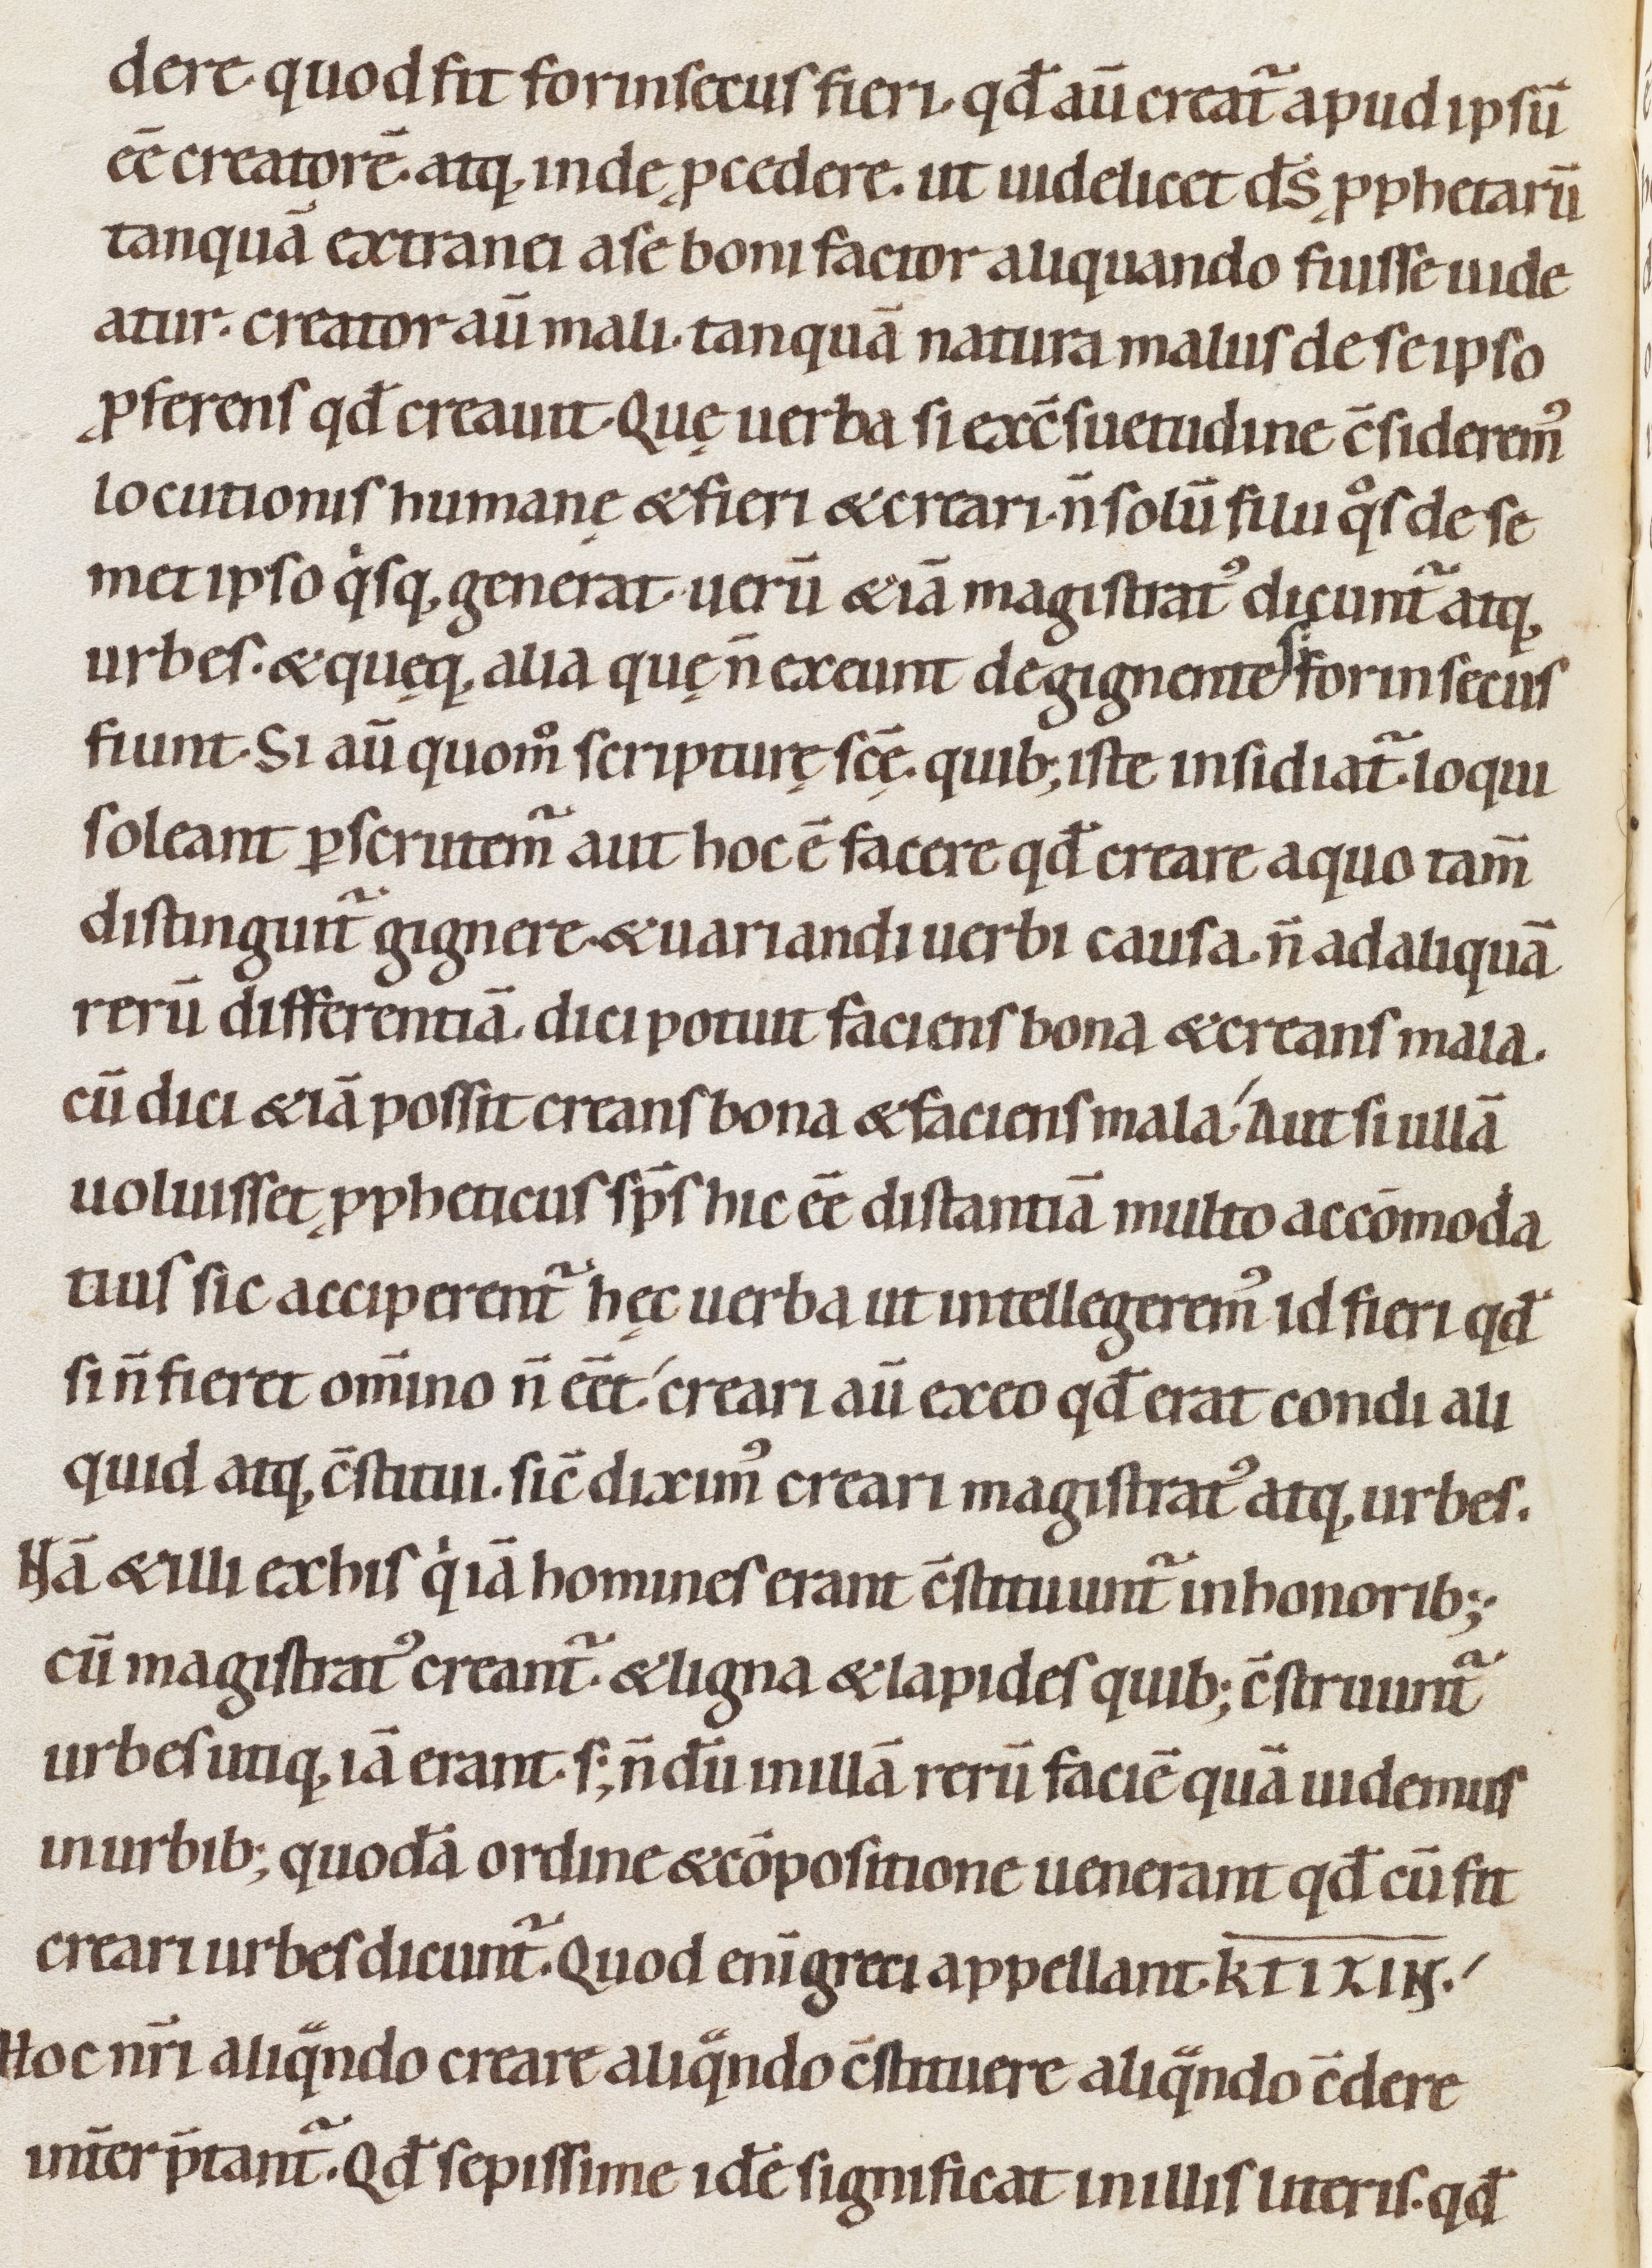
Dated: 1080–1096